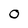
Character: 0